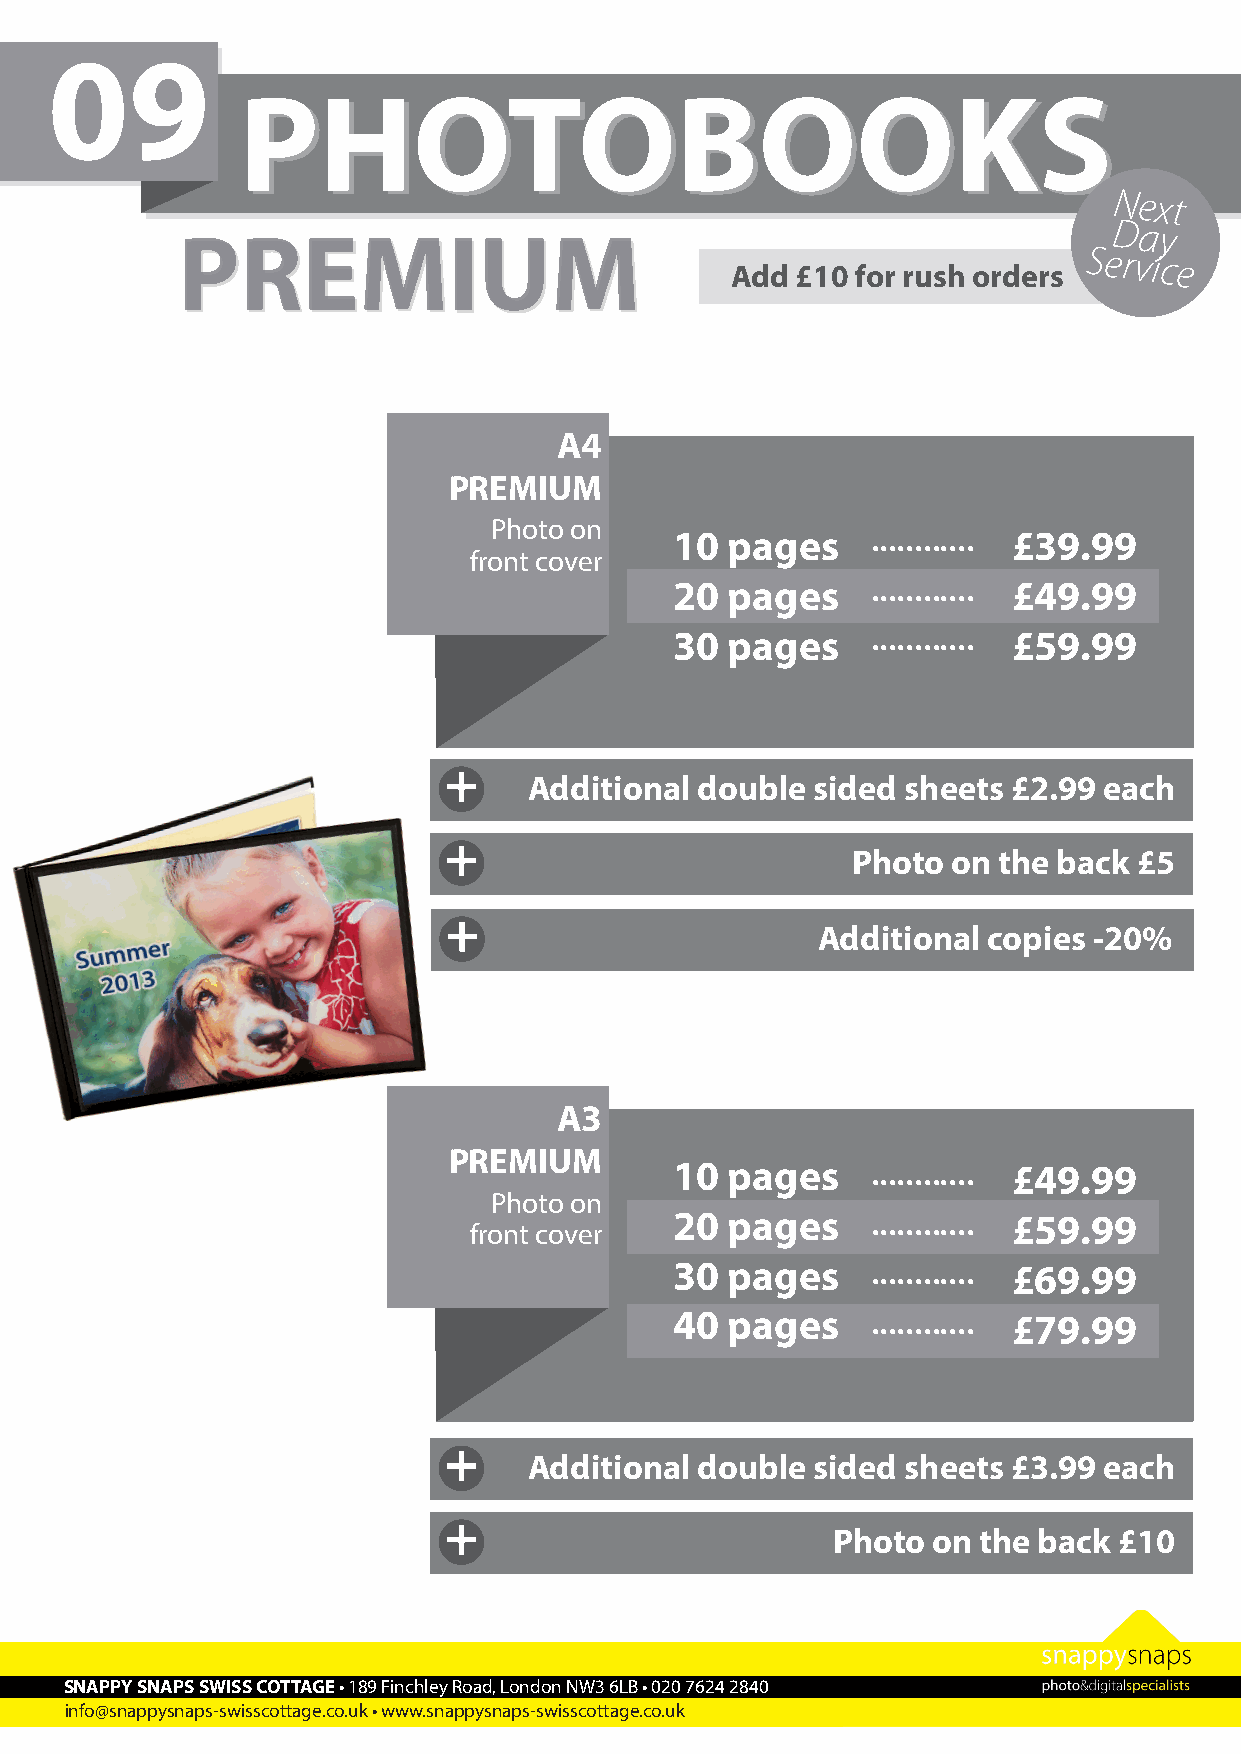
09
 PPHHOOTTOOBBOOOOKKSS
 Next
 PPRREEMMIIUUMM
 Day
 Add  £10 for rush orders
 Service
 A4
 PREMIUM
 Photo on                  ............
 10 pages              £39.99
 front cover
 ............
 20 pages              £49.99
 ............
 30 pages              £59.99
 +
 Additional double  sided sheets £2.99 each
 +
 Photo  on the back £5
 +
 Additional copies -20%
 A3
 PREMIUM
 10 pages     ............ £49.99
 Photo on
 20 pages     ............ £59.99
 front cover
 30 pages     ............ £69.99
 40 pages     ............ £79.99
 +
 Additional double  sided sheets £3.99 each
 +
 Photo  on the back £10
 SNAPPY SNAPS SWISS COTTAGE • 189 Finchley Road, London NW3 6LB • 020 7624 2840
 info@snappysnaps-swisscottage.co.uk • www.snappysnaps-swisscottage.co.uk